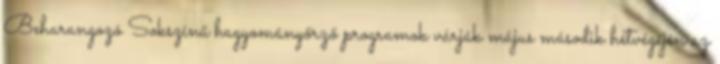
Beharangozó Sokszínű hagyományőrző programok várják május második hétvégéjén az